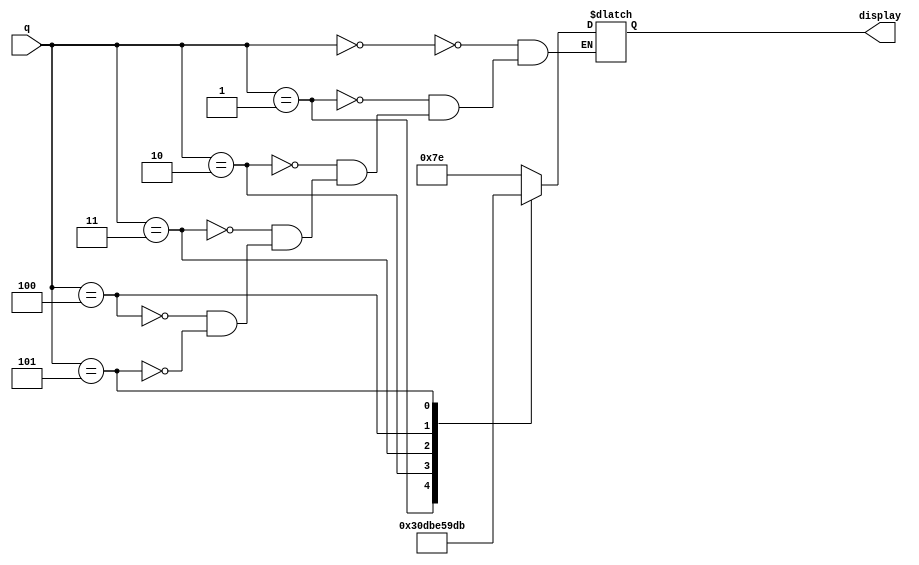
module ledOutput(
    
    q,
   
    display,
    
    );
    input [2:0]q;
    
    output reg [6:0] display;
   
    
        
always @(q)
begin
case(q)
4'b000:display=7'b1111110;
4'b001:display=7'b0110000;
4'b010:display=7'b1101101;
4'b011:display=7'b1111001;
4'b100:display=7'b0110011;
3'b101:display=7'b1011011;
endcase

end
endmodule